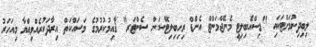
ލިބިދިނުމަށްޓަކައި "ޑިސްއެބިލިޓީ މެނޭޖްމަންޓް އެންޑް ރިހިބިލިޓޭޝަން ސެންޓަރ" ޤާއިމުކުރުމުގެ މަސައްކަތް އިރާދަކުރެއްވިއްޔާ މިއަހަރު